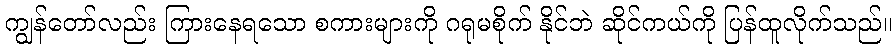
ကျွန်တော်လည်း ကြားနေရသော စကားများကို ဂရုမစိုက် နိုင်ဘဲ ဆိုင်ကယ်ကို ပြန်ထူလိုက်သည်။